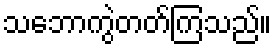
သဘောကွဲတတ်ကြသည်။